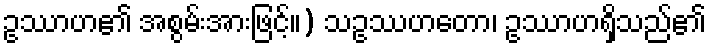
ဥဿာဟ၏ အစွမ်းအားဖြင့်။) သဥဿဟတော၊ ဥဿာဟရှိသည်၏